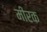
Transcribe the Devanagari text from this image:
मीरक